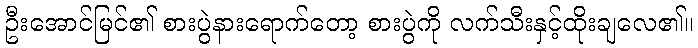
ဦးအောင်မြင်၏ စားပွဲနားရောက်တော့ စားပွဲကို လက်သီးနှင့်ထိုးချလေ၏။